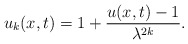
\begin{align*} \begin{aligned} u_k(x,t) = 1+\frac{u(x,t)-1}{\lambda^{2k}}. \end{aligned} \end{align*}